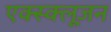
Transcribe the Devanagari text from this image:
एक्स्क्लूज़न